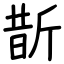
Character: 斮